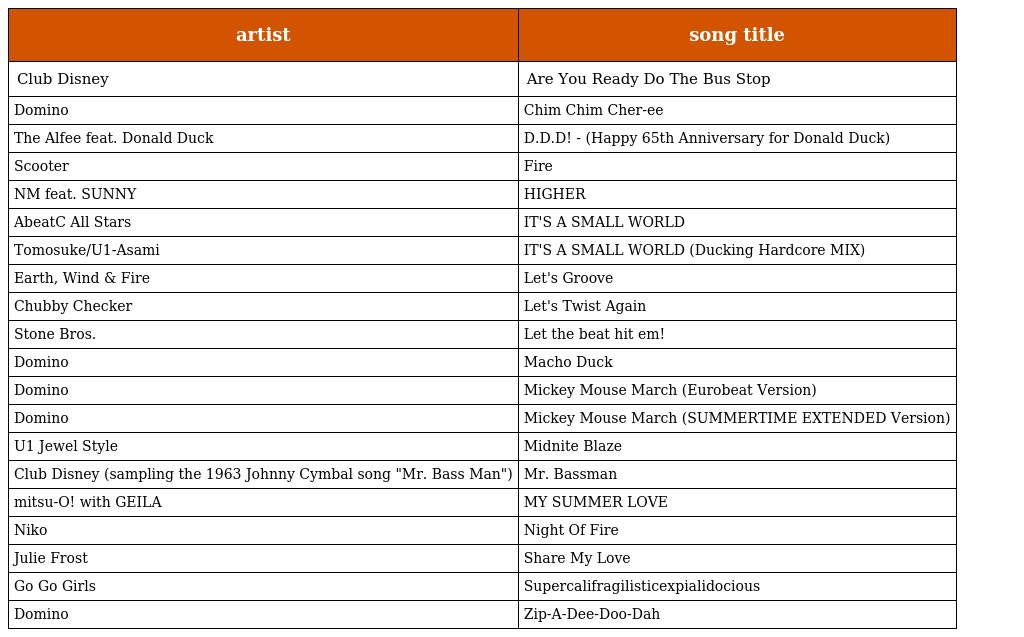
| artist | song title |
 | --- | --- |
 | Club Disney | Are You Ready Do The Bus Stop |
 | Domino | Chim Chim Cher-ee |
 | The Alfee feat. Donald Duck | D.D.D! - (Happy 65th Anniversary for Donald Duck) |
 | Scooter | Fire |
 | NM feat. SUNNY | HIGHER |
 | AbeatC All Stars | IT'S A SMALL WORLD |
 | Tomosuke/U1-Asami | IT'S A SMALL WORLD (Ducking Hardcore MIX) |
 | Earth, Wind & Fire | Let's Groove |
 | Chubby Checker | Let's Twist Again |
 | Stone Bros. | Let the beat hit em! |
 | Domino | Macho Duck |
 | Domino | Mickey Mouse March (Eurobeat Version) |
 | Domino | Mickey Mouse March (SUMMERTIME EXTENDED Version) |
 | U1 Jewel Style | Midnite Blaze |
 | Club Disney (sampling the 1963 Johnny Cymbal song "Mr. Bass Man") | Mr. Bassman |
 | mitsu-O! with GEILA | MY SUMMER LOVE |
 | Niko | Night Of Fire |
 | Julie Frost | Share My Love |
 | Go Go Girls | Supercalifragilisticexpialidocious |
 | Domino | Zip-A-Dee-Doo-Dah |